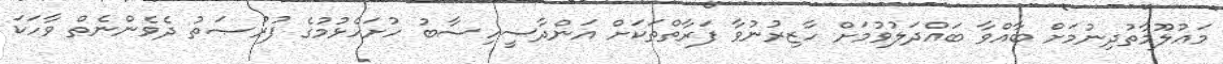
މަޢުލޫމާތުދިނުމަށް ބާއްވާ ބައްދަލުވުމަށް ހާޒިރުނުވާ ފަރާތްތަކަށް އަންދާސީހިސާބު ހުށަހެޅުމުގެ ފުރުޞަތު ދެވެންނެތް ވާހަކަ